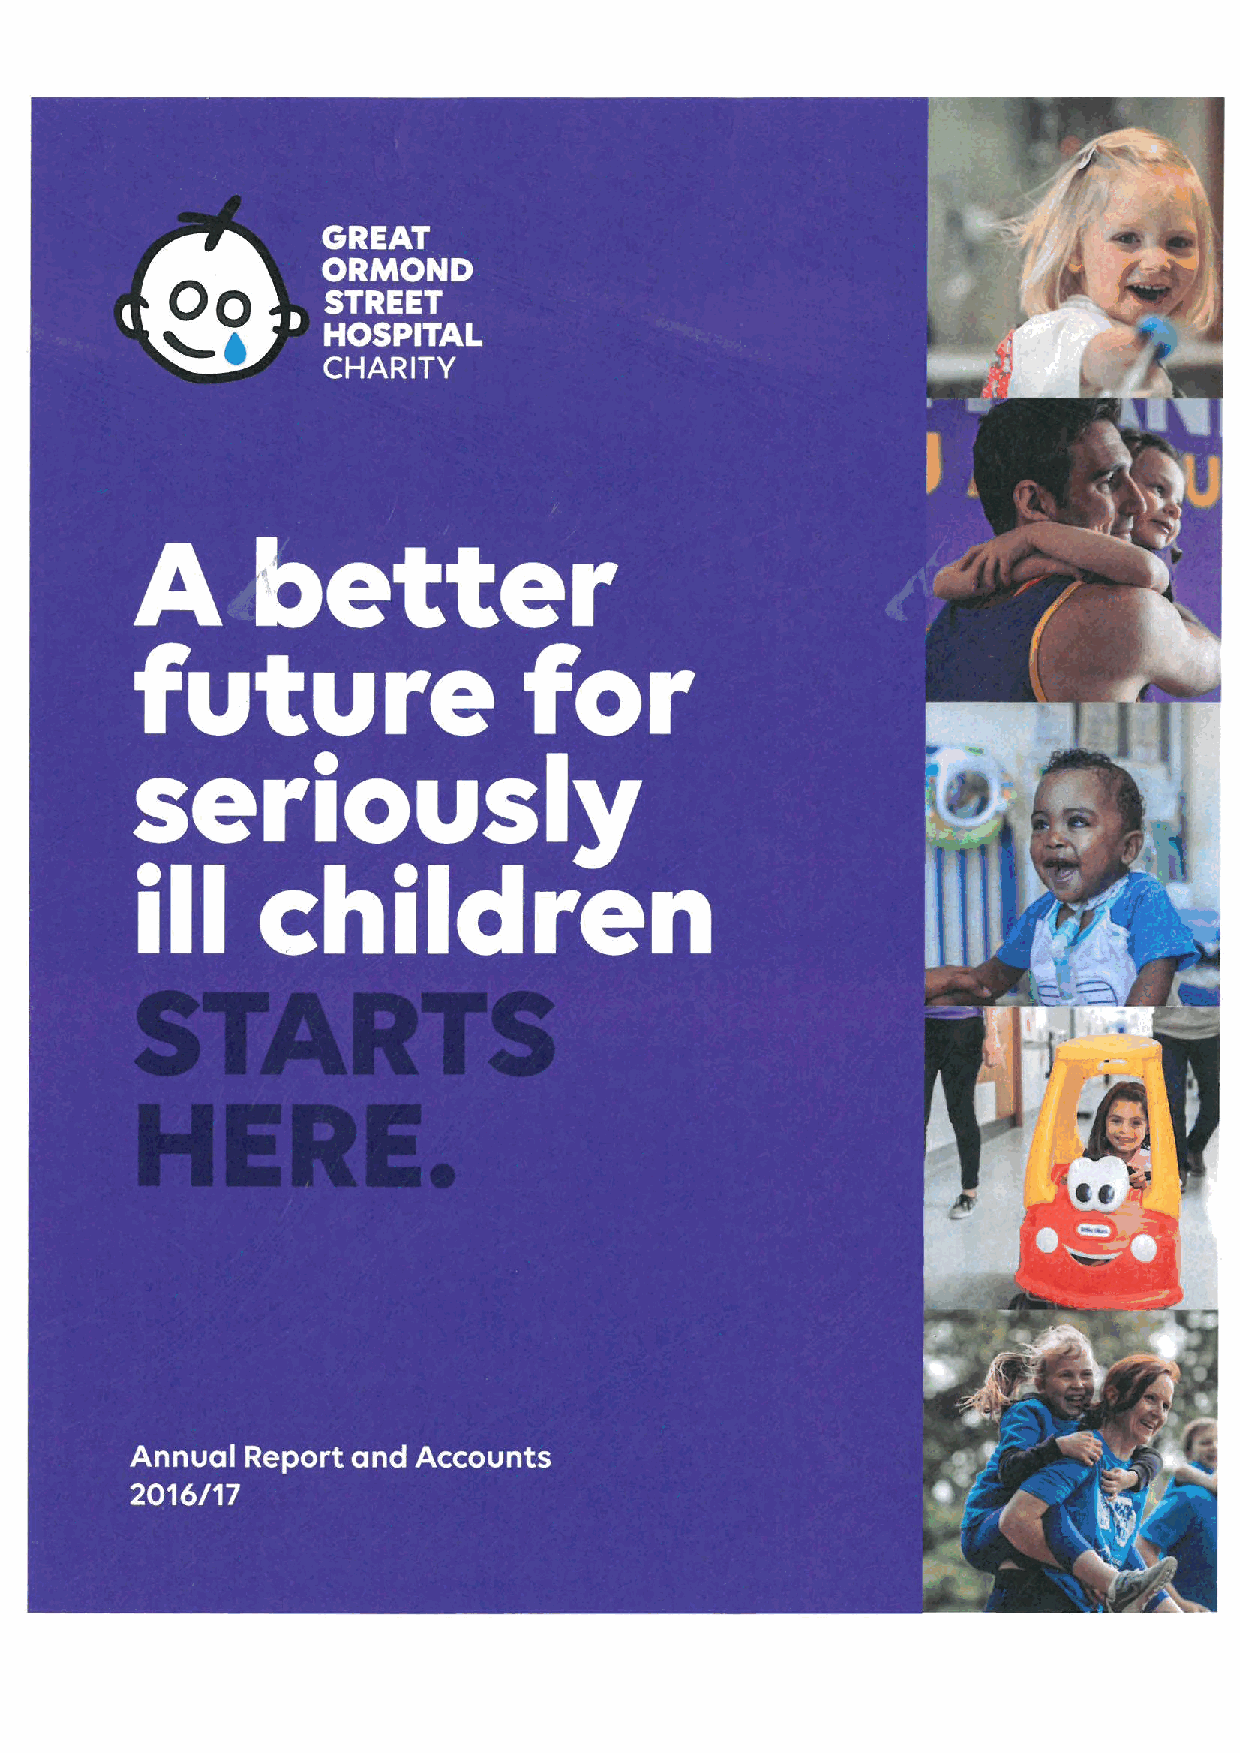
I
 ~    ~
 Oo
 '
 ~
 '  i(
 I     ~
 g
 'I
 -
 ~    ~ ~  ~ ~ ~  ~
 ~ ~